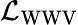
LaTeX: {\mathcal{L}}_{\mathrm{WWV}}